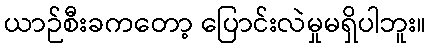
ယာဉ်စီးခကတော့ ပြောင်းလဲမှုမရှိပါဘူး။